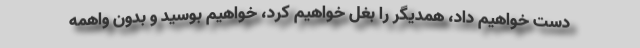
دست خواهیم داد، همدیگر را بغل خواهیم کرد، خواهیم بوسید و بدون واهمه